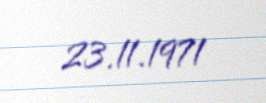
23.11.1971